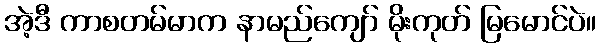
အဲ့ဒီ ကာစတမ်မာက နာမည်ကျော် မိုးကုတ် မြမောင်ပဲ။